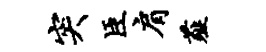
突臣肩薤